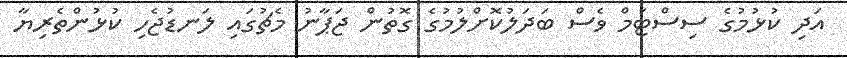
އަދި ކުޅުމުގެ ސިސްޓަމް ވެސް ބަދަލުކޮށްލުމުގެ ގޮތުން ޖަޕާނު މެޗުގައި ލަނޑުޖެހި ކުޅުންތެރިޔާ